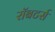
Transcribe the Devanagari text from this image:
रॉबटर्स